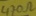
Text: 470Ω